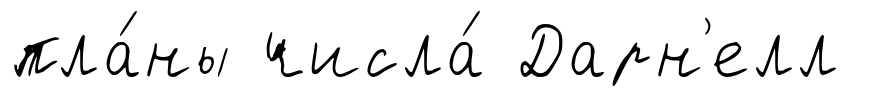
пла́ны числа́ Дарн'елл